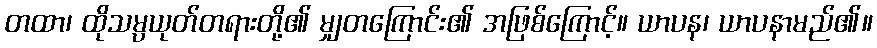
တထာ၊ ထိုသမ္ပယုတ်တရားတို့၏ မျှတကြောင်း၏ အဖြစ်ကြောင့်။ ယာပန၊ ယာပနာမည်၏။